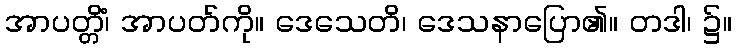
အာပတ္တိံ၊ အာပတ်ကို။ ဒေသေတိ၊ ဒေသနာပြော၏။ တဒါ၊ ၌။